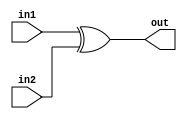
module Overflow(input in1, input in2, output out);
	xor xorgate(out, in1, in2);
endmodule